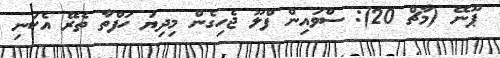
ޕޫނޭ (މާޗް 20): ސްވައިން ފްލޫ ޖެހިގެން މިދިޔަ ހަފްތާ ތެރޭ އެކަނި